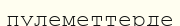
пулеметтерде